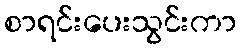
စာရင်းပေးသွင်းကာ